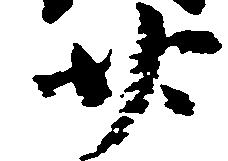
廿